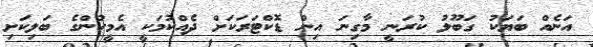
އަނެއް ބަޔަކު ގަބޫލު ކުރަނީ މާގިނަ އިން ޑޮކްޓަރަކަށް ދެއްކުމަކީ އެމީހުންގެ ބަލިކަށި